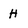
Character: H